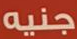
جنيه